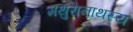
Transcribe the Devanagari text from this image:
मथुरानाथस्य